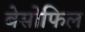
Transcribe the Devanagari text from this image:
बेसोफिल